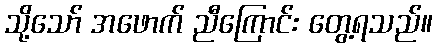
သို့သော် အဖောက် ညီကြောင်း တွေ့ရသည်။